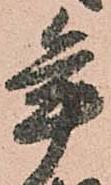
年